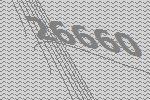
26660